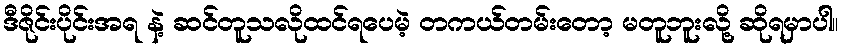
ဒီဇိုင်းပိုင်းအရ နဲ့ ဆင်တူသလိုထင်ရပေမဲ့ တကယ်တမ်းတော့ မတူဘူးလို့ ဆိုရမှာပါ။